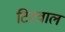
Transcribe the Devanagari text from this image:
टिटवाल